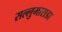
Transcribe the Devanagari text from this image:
सल्लुमाराडा